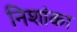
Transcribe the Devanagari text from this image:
निशांका